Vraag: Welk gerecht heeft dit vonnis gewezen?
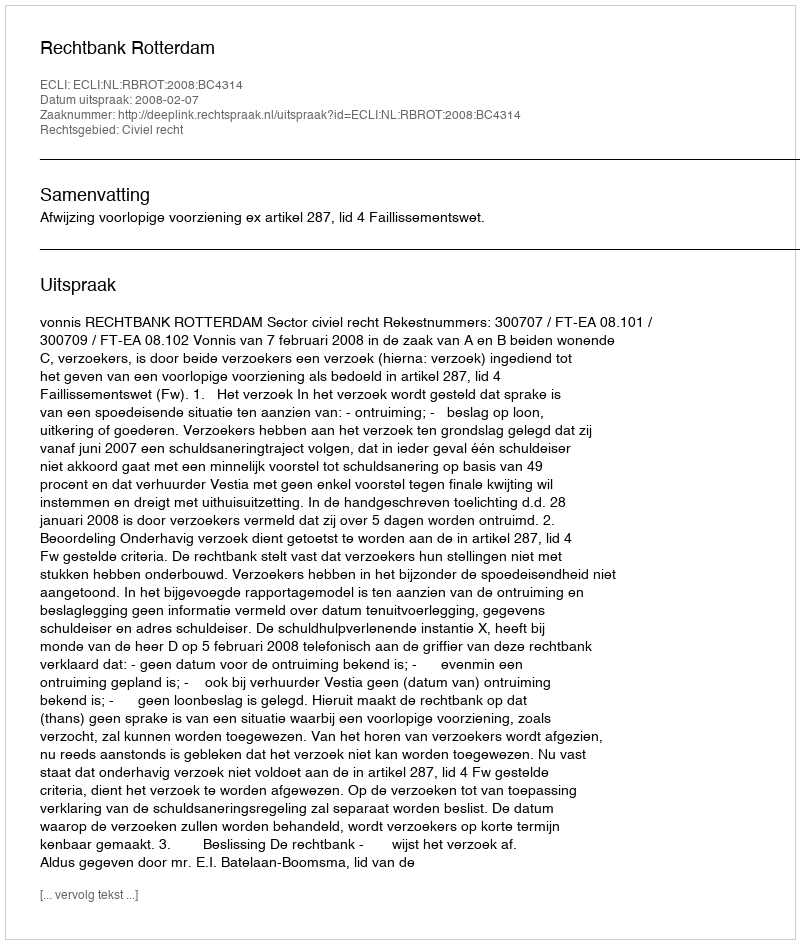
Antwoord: Rechtbank Rotterdam